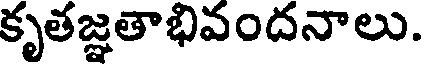
కృతజ్ఞతాభివందనాలు.